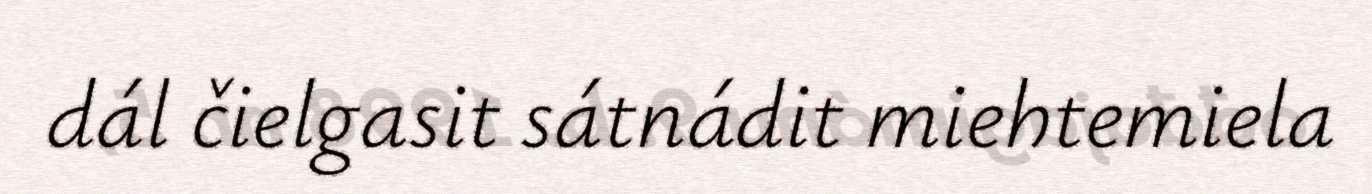
dál čielgasit sátnádit miehtemiela